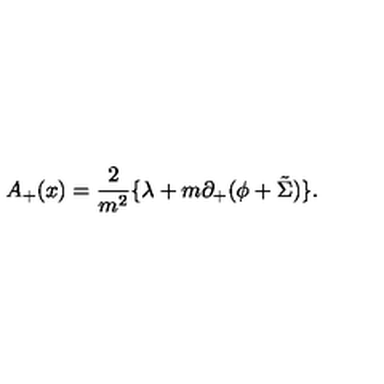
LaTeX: A _ { + } ( x ) = \frac { 2 } { m ^ { 2 } } \{ { \lambda } + m { \partial } _ { + } ( { \phi } + \tilde { \Sigma } ) \} .